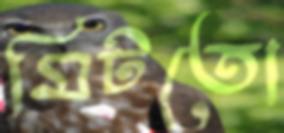
মিটতো